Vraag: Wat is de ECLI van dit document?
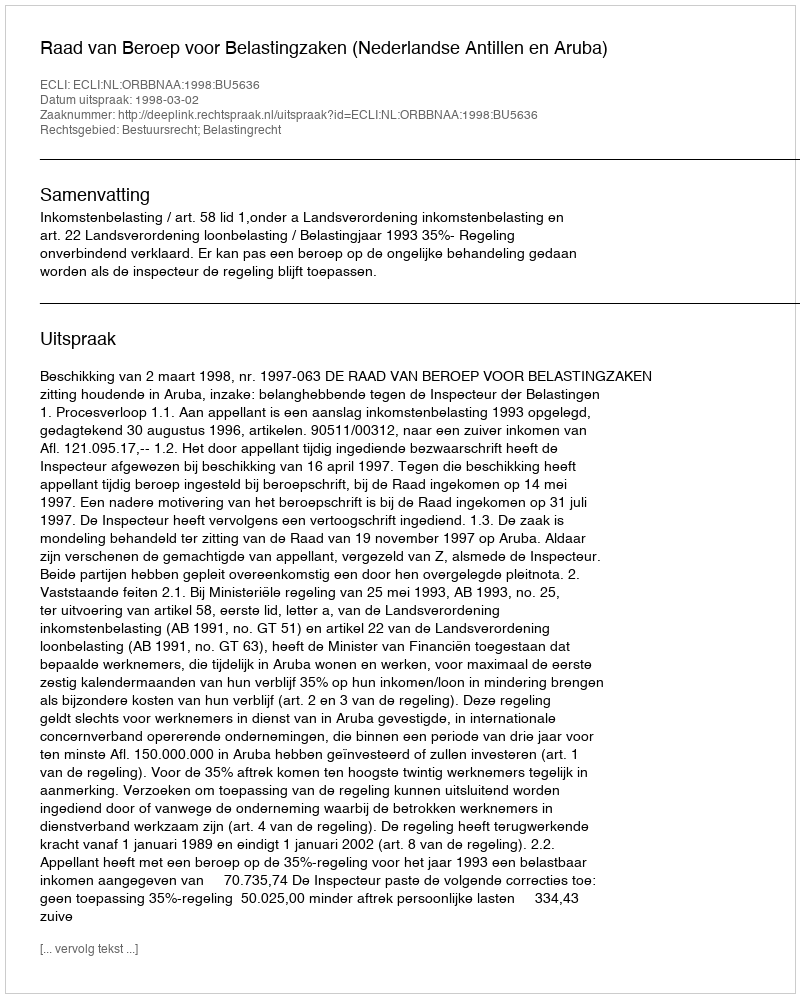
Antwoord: ECLI:NL:ORBBNAA:1998:BU5636